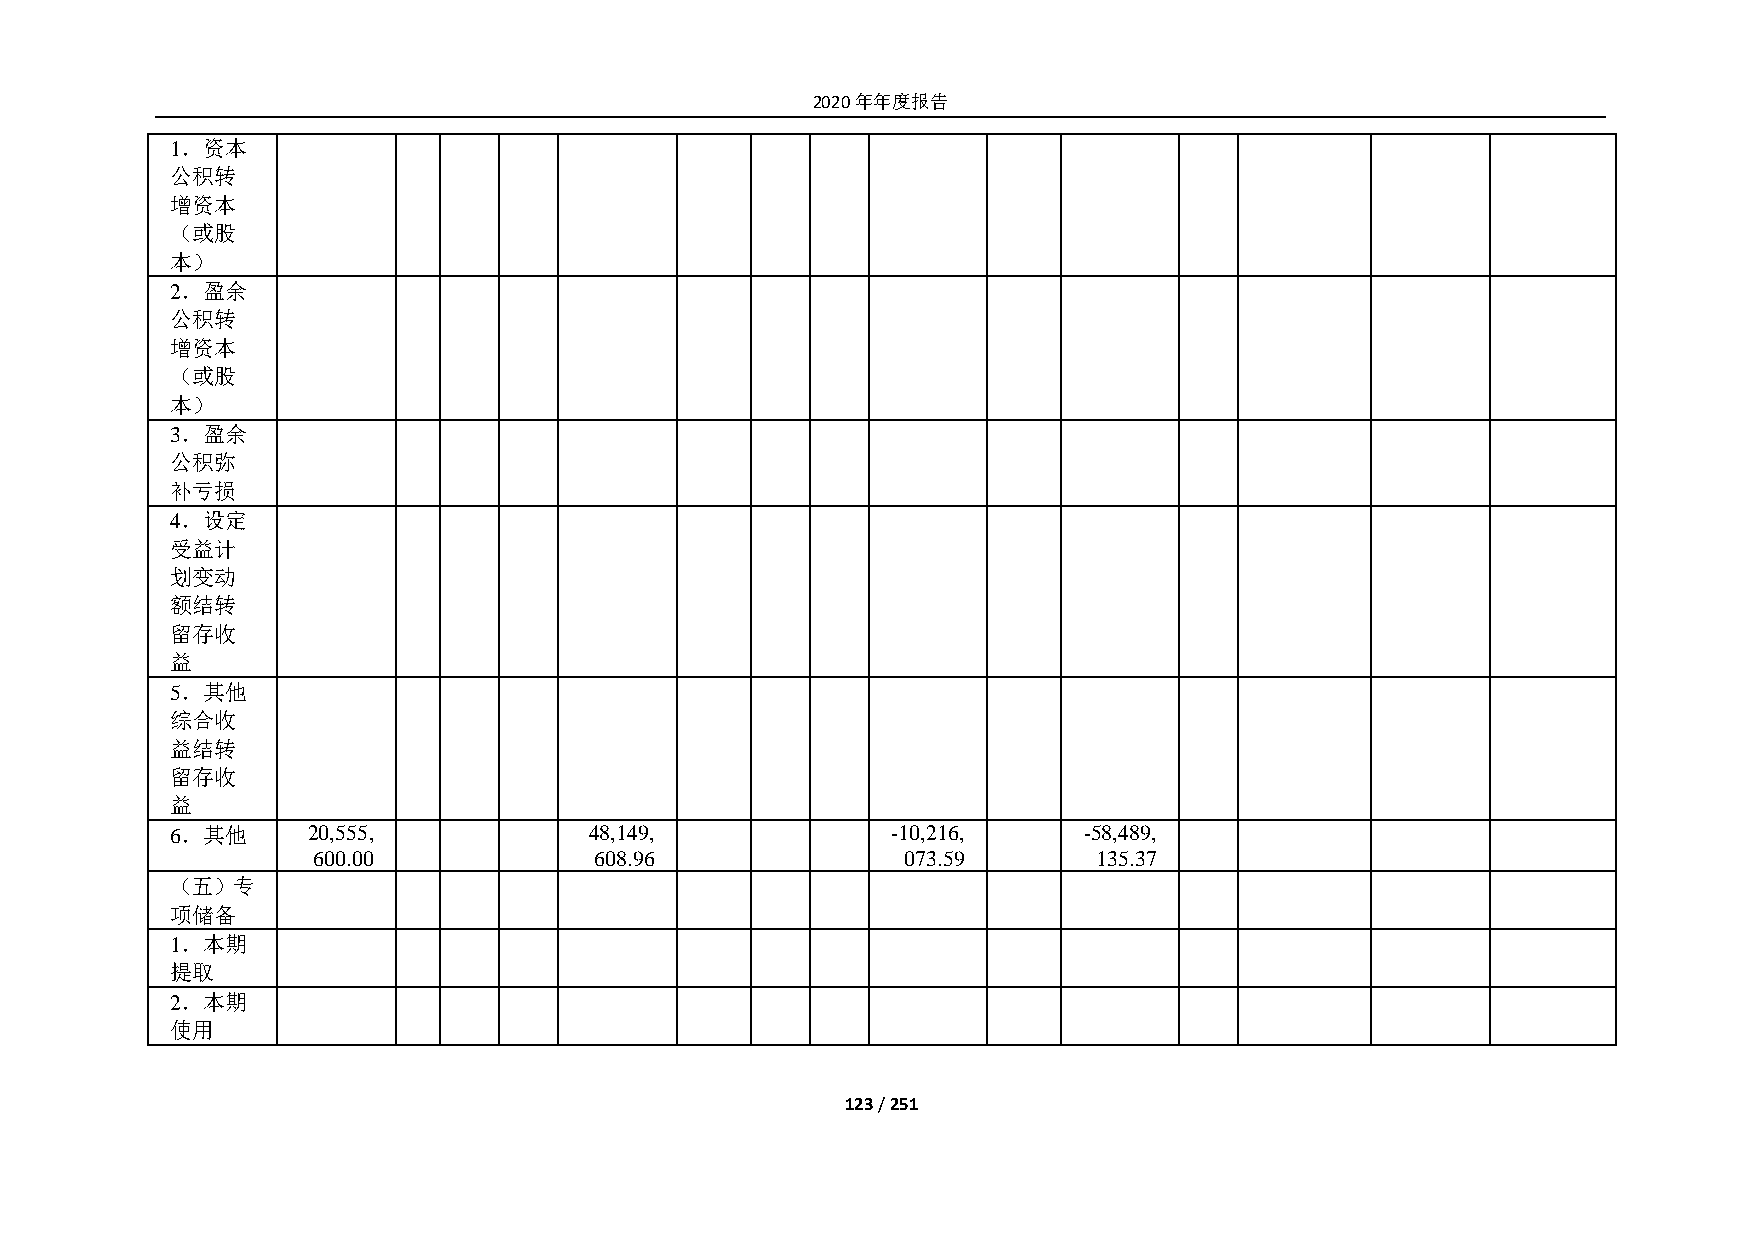
2020年年度报告
 1．资本
 公积转
 增资本
 （或股
 本）
 2．盈余
 公积转
 增资本
 （或股
 本）
 3．盈余
 公积弥
 补亏损
 4．设定
 受益计
 划变动
 额结转
 留存收
 益
 5．其他
 综合收
 益结转
 留存收
 益
 6．其他     20,555,            48,149,             -10,216,     -58,489,
 600.00            608.96               073.59       135.37
 （五）专
 项储备
 1．本期
 提取
 2．本期
 使用
 123 / 251